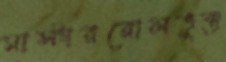
মাস্টাররোলভুক্ত